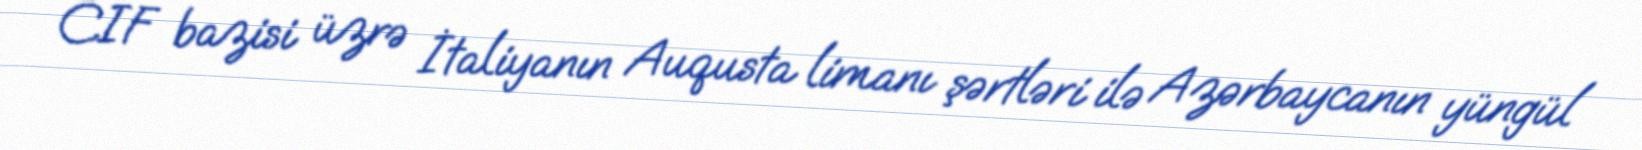
CIF bazisi üzrə İtaliyanın Auqusta limanı şərtləri ilə Azərbaycanın yüngül